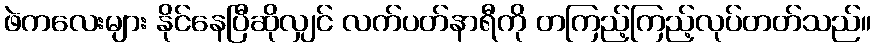
ဖဲကလေးများ နိုင်နေပြီဆိုလျှင် လက်ပတ်နာရီကို တကြည့်ကြည့်လုပ်တတ်သည်။